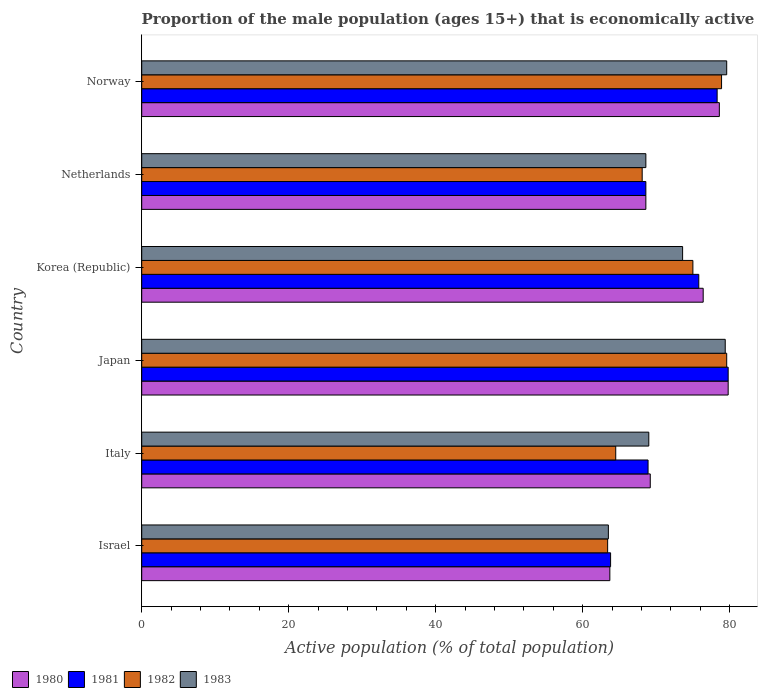
| Country | 1980 | 1981 | 1982 | 1983 |
 | --- | --- | --- | --- | --- |
 | Israel | 63.7 | 63.8 | 63.4 | 63.5 |
 | Italy | 69.2 | 68.9 | 64.5 | 69 |
 | Japan | 79.8 | 79.8 | 79.6 | 79.4 |
 | Korea (Republic) | 76.4 | 75.8 | 75 | 73.6 |
 | Netherlands | 68.6 | 68.6 | 68.1 | 68.6 |
 | Norway | 78.6 | 78.3 | 78.9 | 79.6 |